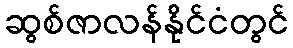
ဆွစ်ဇာလန်နိုင်ငံတွင်